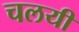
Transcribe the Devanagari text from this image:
चलयी